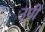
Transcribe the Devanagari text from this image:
उपी